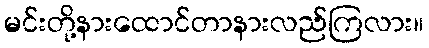
မင်းတို့နားထောင်တာနားလည်ကြလား။